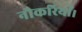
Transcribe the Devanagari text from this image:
नौकरियाँ।